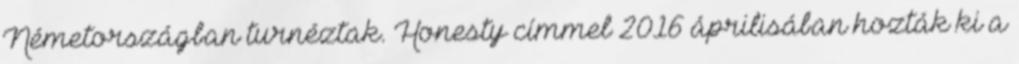
Németországban turnéztak. Honesty címmel 2016 áprilisában hozták ki a